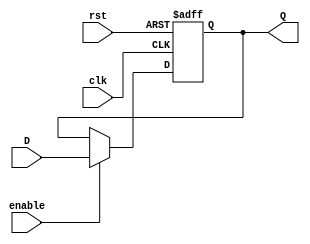
//////////////////////////////////////////////////////////////////////////////////
// Company: ITESO 
//////////////////////////////////////////////////////////////////////////////////
module Reg_Param  #(parameter width=4)(
    input rst,
    input [width-1:0]D,
    input clk,
    input enable,
    output reg [width-1:0]Q
    );
always @(posedge rst, posedge clk)
    begin
        if (rst)
            Q <= {width{1'b0}};
        else
            if (enable)
                Q <= D;
            else
                Q <= Q;    
    end    
endmodule